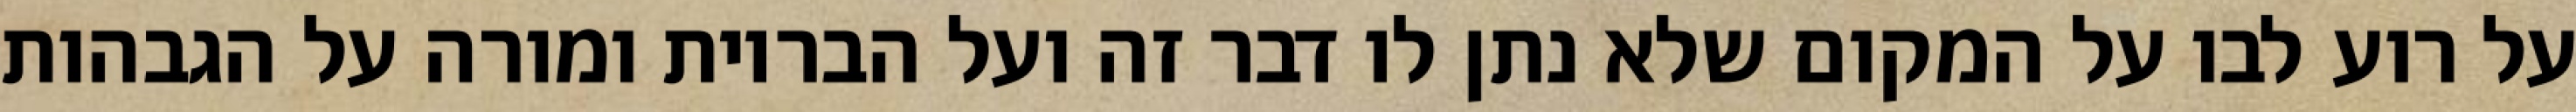
על רוע לבו על המקום שלא נתן לו דבר זה ועל הבריות ומורה על הגבהות